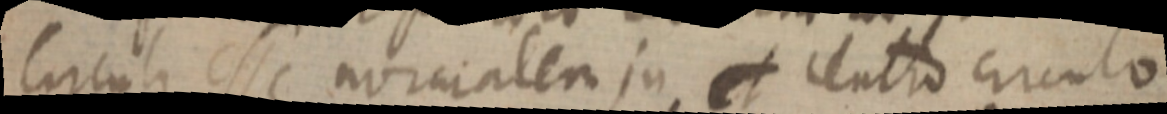
Circuli esse normalem in et centro circulo